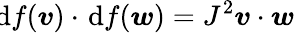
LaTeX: \! \mathrm{d}f(\boldsymbol{v})\cdot\; \! \mathrm{d}f(\boldsymbol{w})=J^{2}\boldsymbol{v}\cdot\boldsymbol{w}